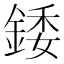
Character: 錗